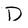
Character: D